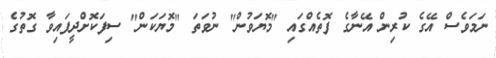
ނަމަވެސް އޭގެ ކުރިން އޭނާގެ ފޮތެއްގައި "މޮޔަވުން" ނުވަތަ "މޮޔަކަން" ސިފަކޮށްދީފައިވާ ގޮތުގެ